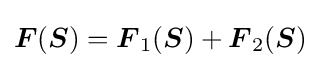
{\boldsymbol {F}}({\boldsymbol {S}})={\boldsymbol {F}}_{1}({\boldsymbol {S}})+{\boldsymbol {F}}_{2}({\boldsymbol {S}})